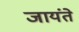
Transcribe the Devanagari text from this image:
जायंते